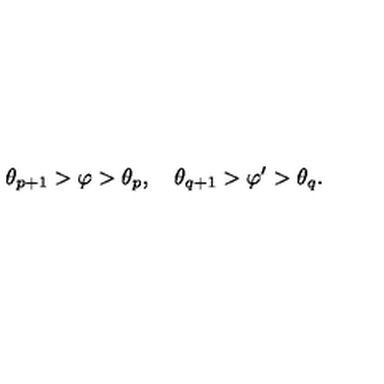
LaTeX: \theta _ { p + 1 } > \varphi > \theta _ { p } , \quad \theta _ { q + 1 } > \varphi ^ { \prime } > \theta _ { q } .